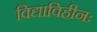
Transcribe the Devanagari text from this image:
विद्याविहीनः